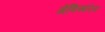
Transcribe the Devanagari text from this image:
मेंविसरित